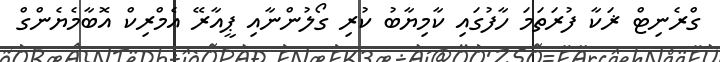
ގްރެނިޓް ޜަކާ ފުރަތަމަ ހާފުގައި ކާމިޔާބު ކުރި ގޯލުންނާއި ޕީއާރޭ އެމްރިކް އޮބާމެޔެންގް